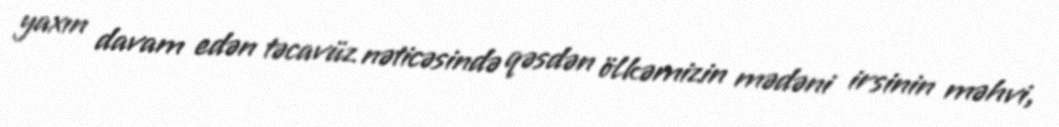
yaxın davam edən təcavüz nəticəsində qəsdən ölkəmizin mədəni irsinin məhvi,